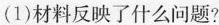
(1)材料反映了什么问题?